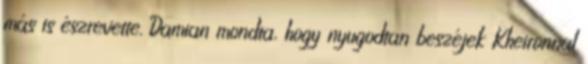
más is észrevette. Damian mondta, hogy nyugodtan beszéjek Kheironnal